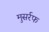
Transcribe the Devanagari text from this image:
मुसर्रफ